Vaccination in the Punjab 1883-1896 - 1883-1896
Year: 1883
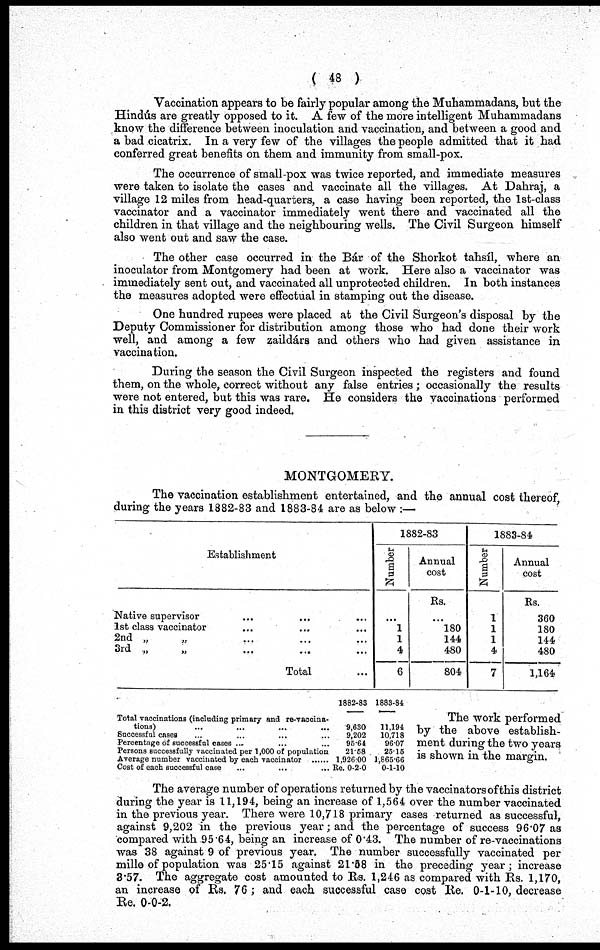
( 48 )
Vaccination appears to be fairly popular among the Muhammadans, but the
Hindús are greatly opposed to it. A few of the more intelligent Muhammadans
know the difference between inoculation and vaccination, and between a good and
a bad cicatrix. In a very few of the villages the people admitted that it had
conferred great benefits on them and immunity from small-pox.
The occurrence of small-pox was twice reported, and immediate measures
were taken to isolate the cases and vaccinate all the villages. At Dahraj, a
village 12 miles from head-quarters, a case having been reported, the 1st-class
vaccinator and a vaccinator immediately went there and vaccinated all the
children in that village and the neighbouring wells. The Civil Surgeon himself
also went out and saw the case.
The other case occurred in the Bár of the Shorkot tahsíl, where an
inoculator from Montgomery had been at work. Here also a vaccinator was
immediately sent out, and vaccinated all unprotected children. In both instances
the measures adopted were effectual in stamping out the disease.
One hundred rupees were placed at the Civil Surgeon's disposal by the
Deputy Commissioner for distribution among those who had done their work
well, and among a few zaildárs and others who had given assistance in
vaccination.
During the season the Civil Surgeon inspected the registers and found
them, on the whole, correct without any false entries ; occasionally the results
were not entered, but this was rare. He considers the vaccinations performed
in this district very good indeed.
MONTGOMERY.
The vaccination establishment entertained, and the annual cost thereof,
during the years 1882-83 and 1883-84 are as below :—
Establishment
Native supervisor ... ... ...
1st class vaccinator ... ... ...
2nd „ „ ... ... ...
3rd
„
„
...
...
...
Total ...
1882-83
Number
...
1
1
4
6
Annual
cost
Rs.
...
180
144
480
804
1883-84
Number
1
1
1
4
7
Annual
cost
Rs.
360
180
144
480
1,164
Total vaccinations (including primary and re-vaccina-
tions) ... ... ... ...
Successful cases ... ... ... ...
Percentage of successful cases ... ... ... ...
Persons successfully vaccinated per 1,000 of population
Average number vaccinated by each vaccinator ... ...
Cost of each successful case ... ... ... ...
1882-83
9,630
9,202
96.64
21.58
1,926.00
Re. 0-2-0
1883-84
11,194
10,718
96.07
26.15
1,865.66
0-1-10
The work performed
by the above establish-
ment during the two years
is shown in the margin.
The average number of operations returned by the vaccinators of this district
during the year is 11,194, being an increase of 1,564 over the number vaccinated
in the previous year. There were 10,718 primary cases returned as successful,
against 9,202 in the previous year; and the percentage of success 96.07 as
compared with 95 64, being an increase of 0.43. The number of re-vaccinations
was 38 against 9 of previous year. The number successfully vaccinated per
mille of population was 25.15 against 21.58 in the preceding year; increase
3.57. The aggregate cost amounted to Rs. 1,246 as compared with Rs. 1,170,
an increase of Rs. 76 ; and each successful case cost Re. 0-1-10, decrease
Re. 0-0-2.